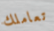
تعاملك